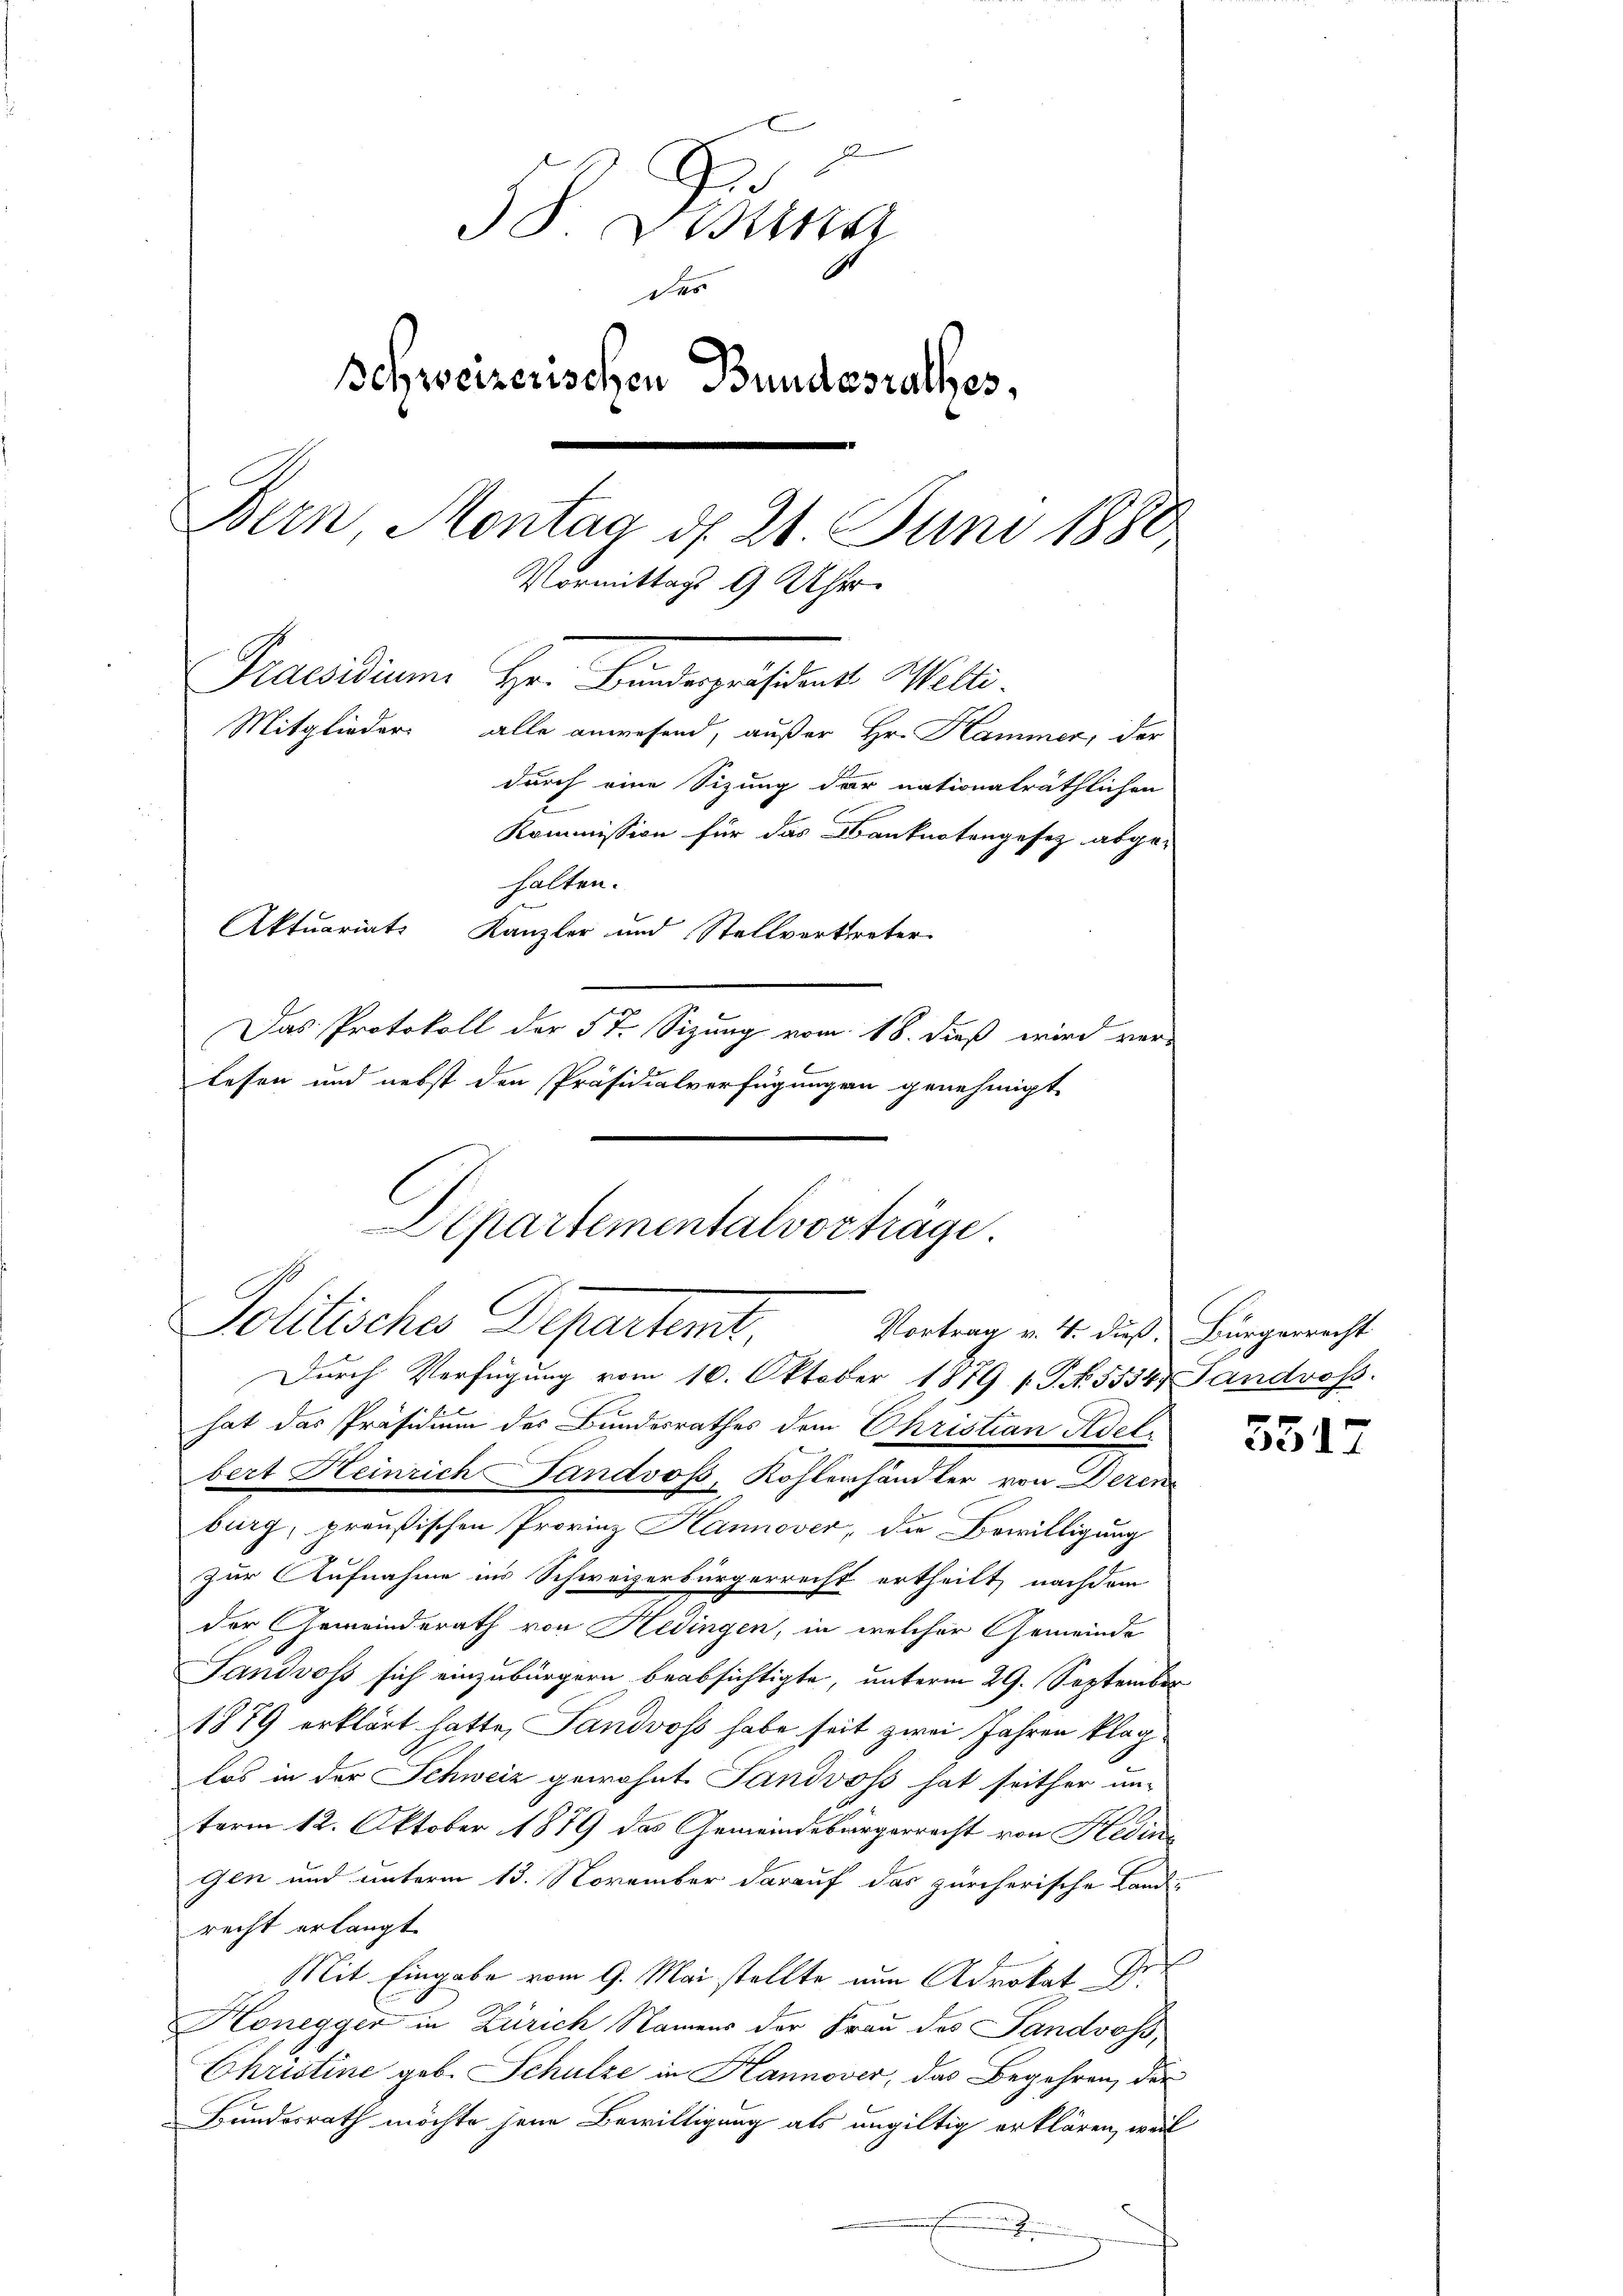
e
38 ein
des
Schweizerischen Bundesrathes,
Bern Montag d. 21 Juni 1880
Vormittags 9 Uhr
Praesidium Hr. Bindergerstrat. Wille.
Mitglieder alle anwesend, außer Hr. Hammer, der
durch eine Sitzung der nationalräthlichen
2
Kommission für das Banknotengesez abge-
halten.
Aktuariats Kanzler und Stellvortreter
Das Protokoll der 57. Sizung vom 18. dieß wird ver-
lesen und nebst den Präsidialverfügungen genehmigt

Departementalvorträge.
Politisches Departent,
Vortrag v. 4. dieß. Bürgerrecht
Durch Verfügung vom 10. Oktober 1879 v. P. N. 5554, Landross.

hat das Präsidium des Bundesrathes dem Christian Adel
bert Heinrich Tandvos, Kohlenhändler von Deren
burg, preußischen Provinz Hannover, die Bewilligung
zur Aufnahme ins Schweizerbürgerrecht ertheilt, nachdem
der Gemeinderath von Hedingen, in welcher Gemeinde
Landvoss sich einzubürgern beabsichtigte, unterm 29. September
1879 erklärt hatte, Sandvoss habe seit zwei Jahren klaglos in der Schweiz gewohnt. Sandvoss hat seither un-
term 12. Oktober 1879 das Gemeindebürgerrecht von Hedin
gen und unterm 13. November darauf das zürcherische Landrecht erlangt.
f
Mit Eingabe vom 9. Mai stellte nun Advokat Dr.
Honegger in Zürich Namens der Frau des Sandvoss,
Christine geb. Schulze in Hannover, das Begehren, der
Bundesrath möchte jene Bewilligung als ungültig erklären, weil

3517